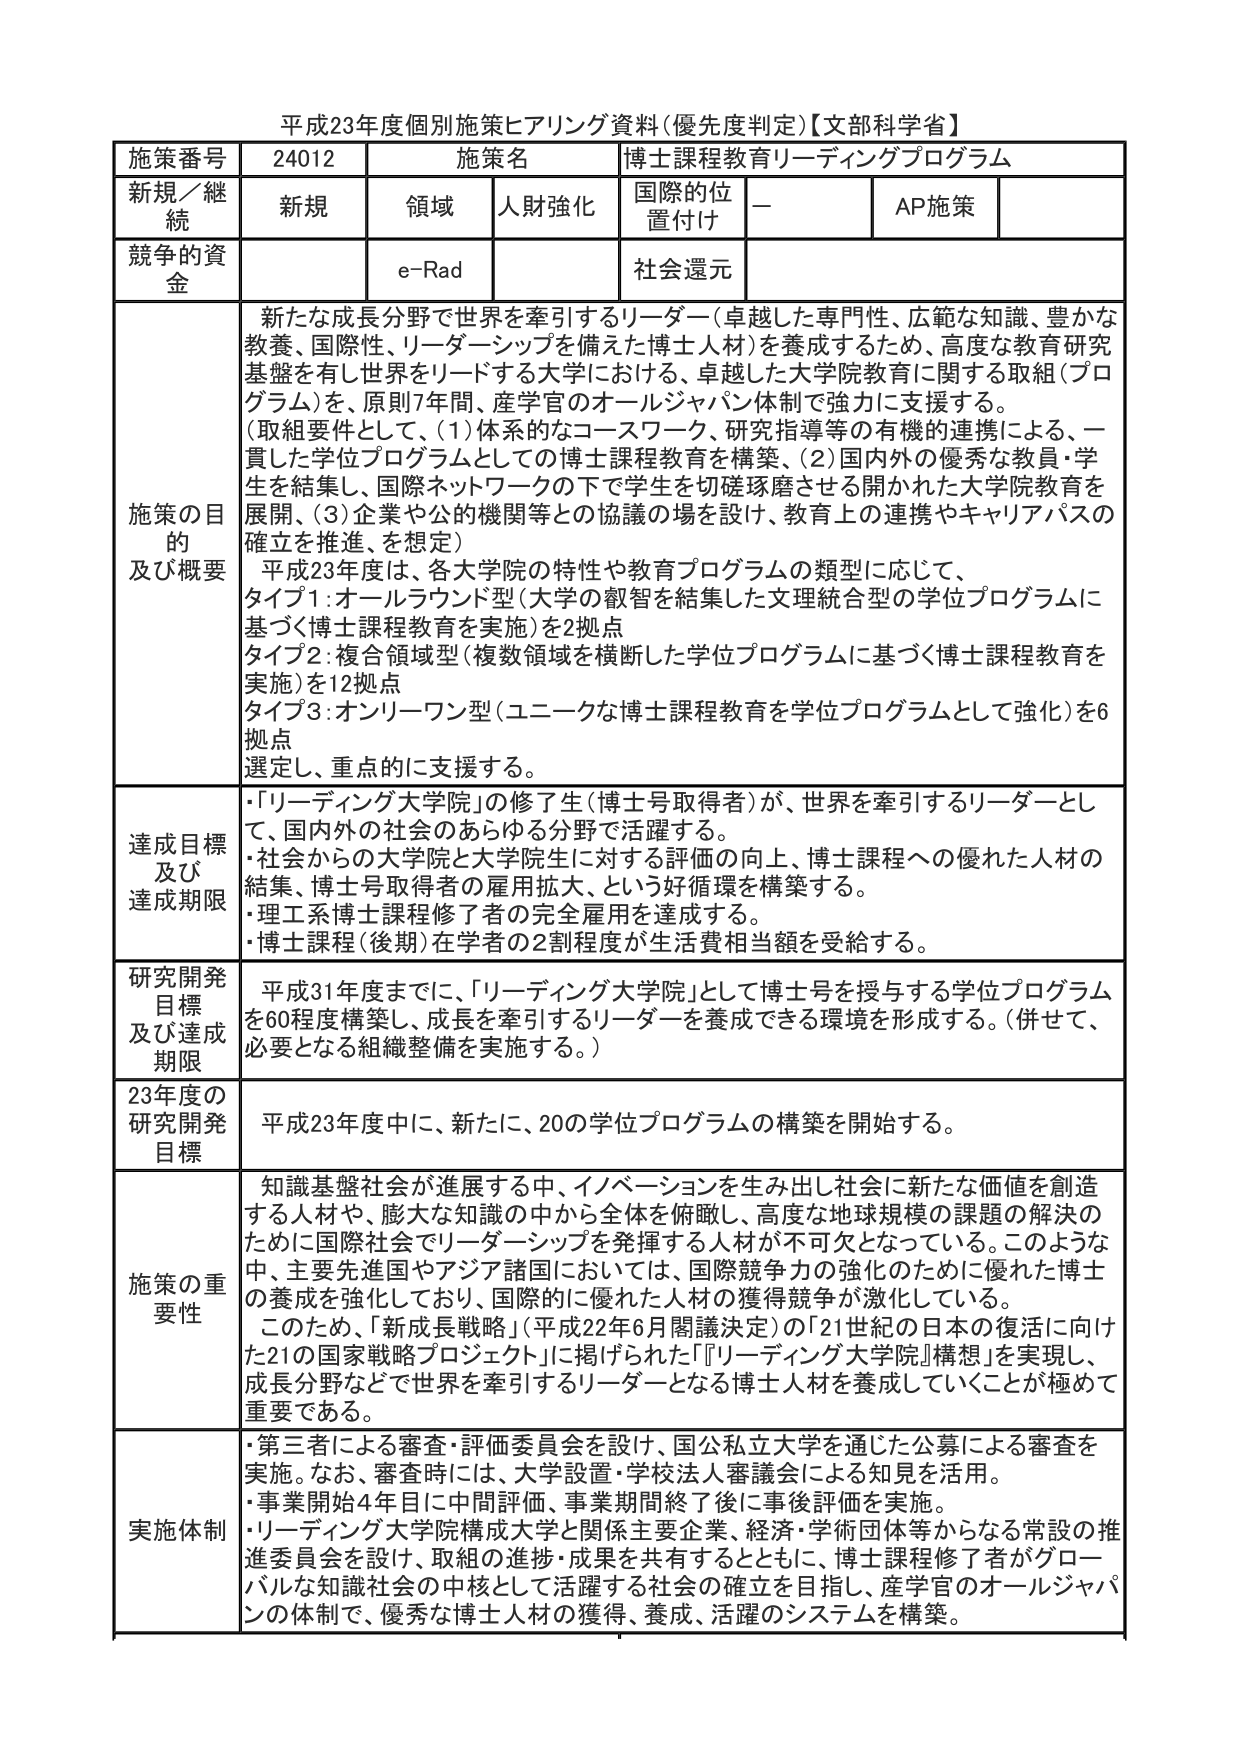
平成23年度個別施策ヒアリング資料（優先度判定）【文部科学省】

施策番号　24012　施策名　博士課程教育リーディングプログラム

新規／継続　新規　領域　人財強化　国際的位置付け　－　AP施策

競争的資金　e-Rad　社会還元

施策の目的及び概要　新たな成長分野で世界を牽引するリーダー（卓越した専門性、広範な知識、豊かな教養、国際性、リーダーシップを備えた博士人材）を養成するため、高度な教育研究基盤を有し世界をリードする大学における、卓越した大学院教育に関する取組（プログラム）を、原則7年間、産学官のオールジャパン体制で強力に支援する。

（取組要件として、（1）体系的なコースワーク、研究指導等の有機的連携による、一貫した学位プログラムとしての博士課程教育を構築、（2）国内外の優秀な教員・学生を結集し、国際ネットワークの下で学生を切磋琢磨させる開かれた大学院教育を展開、（3）企業や公的機関等との協議の場を設け、教育上の連携やキャリアパスの確立を推進、を想定）

平成23年度は、各大学院の特性や教育プログラムの類型に応じて、
タイプ1：オールラウンド型（大学の叡智を結集した文理統合型の学位プログラムに基づく博士課程教育を実施）を2拠点
タイプ2：複合領域型（複数領域を横断した学位プログラムに基づく博士課程教育を実施）を12拠点
タイプ3：オンリーワン型（ユニークな博士課程教育を学位プログラムとして強化）を6拠点
選定し、重点的に支援する。

達成目標及び達成期限　・「リーディング大学院」の修了生（博士号取得者）が、世界を牽引するリーダーとして、国内外の社会のあらゆる分野で活躍する。
・社会からの大学院と大学院生に対する評価の向上、博士課程への優れた人材の結集、博士号取得者の雇用拡大、という好循環を構築する。
・理工系博士課程修了者の完全雇用を達成する。
・博士課程（後期）在学者の2割程度が生活費相当額を受給する。

研究開発目標及び達成期限　平成31年度までに、「リーディング大学院」として博士号を授与する学位プログラムを60程度構築し、成長を牽引するリーダーを養成できる環境を形成する。（併せて、必要となる組織整備を実施する。）

23年度の研究開発目標　平成23年度中に、新たに、20の学位プログラムの構築を開始する。

施策の重要性　知識基盤社会が進展する中、イノベーションを生み出し社会に新たな価値を創造する人材や、膨大な知識の中から全体を俯瞰し、高度な地球規模の課題の解決のために国際社会でリーダーシップを発揮する人材が不可欠となっている。このような中、主要先進国やアジア諸国においては、国際競争力の強化のために優れた博士の養成を強化しており、国際的に優れた人材の獲得競争が激化している。

このため、「新成長戦略」（平成22年6月閣議決定）の「21世紀の日本の復活に向けた21の国家戦略プロジェクト」に掲げられた「『リーディング大学院』構想」を実現し、成長分野などで世界を牽引するリーダーとなる博士人材を養成していくことが極めて重要である。

実施体制　・第三者による審査・評価委員会を設け、国公私立大学を通じた公募による審査を実施。なお、審査時には、大学設置・学校法人審議会による知見を活用。
・事業開始4年目中に中間評価、事業期間終了後に事後評価を実施。
・リーディング大学院構成大学と関係主要企業、経済・学術団体等からなる常設の推進委員会を設け、取組の進捗・成果を共有するとともに、博士課程修了者がグローバルな知識社会の中核として活躍する社会の確立を目指し、産学官のオールジャパンの体制で、優秀な博士人材の獲得、養成、活躍のシステムを構築。